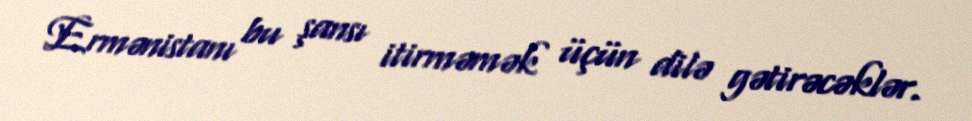
Ermənistanı bu şansı itirməmək üçün dilə gətirəcəklər.